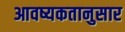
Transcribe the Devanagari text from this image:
आवष्यकतानुसार